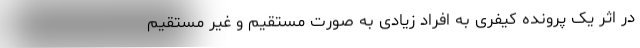
در اثر یک پرونده کیفری به افراد زیادی به صورت مستقیم و غیر مستقیم